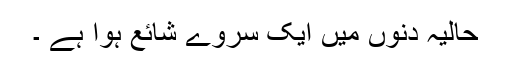
حالیہ دنوں میں ایک سروے شائع ہوا ہے ۔